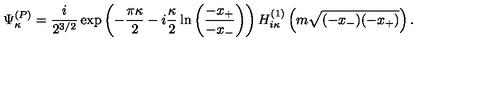
\Psi _ { \kappa } ^ { ( P ) } = \frac { i } { 2 ^ { 3 / 2 } } \exp \left( - \frac { \pi \kappa } 2 - i \frac { \kappa } 2 \ln \left( \frac { - x _ { + } } { - x _ { - } } \right) \right) H _ { i \kappa } ^ { ( 1 ) } \left( m \sqrt { ( - x _ { - } ) ( - x _ { + } ) } \right) .